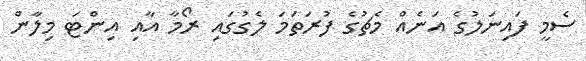
ސެމީ ފައިނަލުގެ އަނެއް މެޗުގެ ފުރަތަމަ ލެގުގައި ރޯމާ އާއި އިންޓަ މިލާން